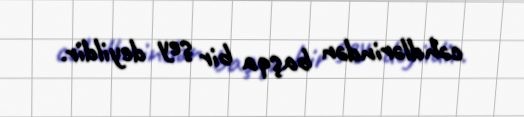
cəhdlərindən başqa bir şey deyildir.